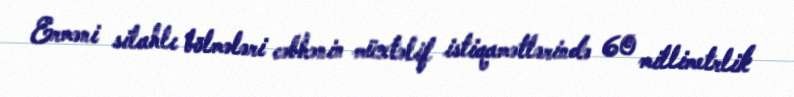
Erməni silahlı bölmələri cəbhənin müxtəlif istiqamətlərində 60 millimetrlik